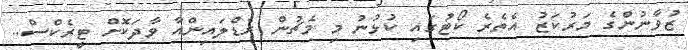
ޒުވާނުންގެ މަރުކަޒު އެތެރެ ކޯޓުގައި ކުޅުނު މި މެޗުން ރެޑްލައިންއާ ވާދަކޮށް ޓީރެކްސް..